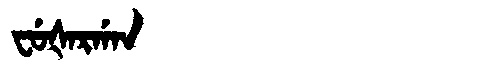
Manchu: ᠸᡠᡧᠠᡵᡤᠠᠨ
Romanization: FUŠARGAN